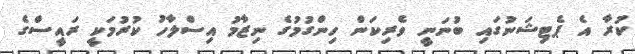
ކުރާ އެ ޕެޓިޝަނުގައި ބުނަނީ ވެރިކަން ހިންގުމުގެ ނިޒާމު އިސްލާހު ކުރުމަކީ ރައީސްގެ